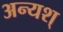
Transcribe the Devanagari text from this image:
अन्यश्